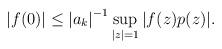
LaTeX: \begin{align*} |f(0)| \leq {|a_k|}^{-1} \sup_{|z|=1} |f(z)p(z)|.\end{align*}